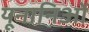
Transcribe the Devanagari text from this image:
यूनानिओं